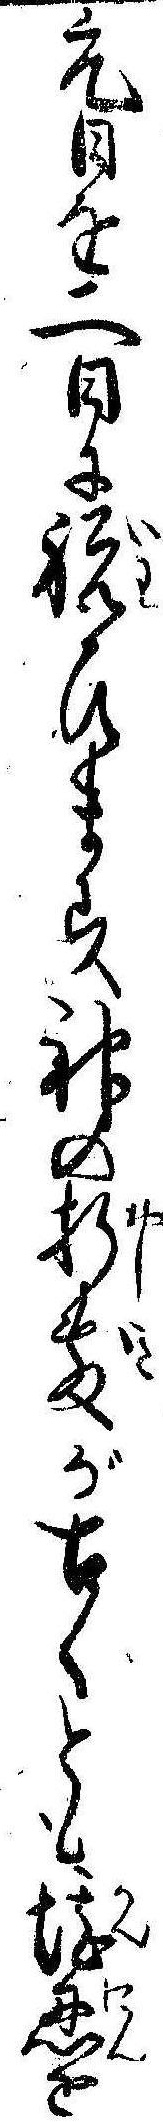
元日を二日に祝ひます神の折敷が古くとも堪忍を